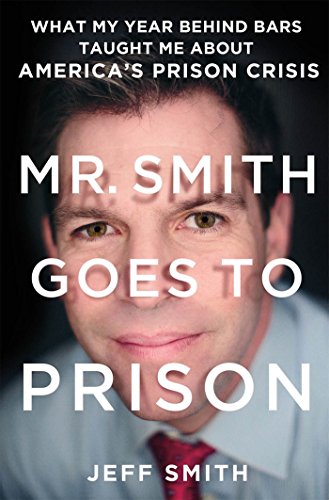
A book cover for Mr. Smith Goes to Prison: What My Year Behind Bars Taught Me About America's Prison Crisis; Jeff Smith; Biographies & Memoirs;